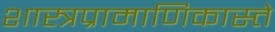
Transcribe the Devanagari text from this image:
शास्त्रप्रामाणिकास्ते